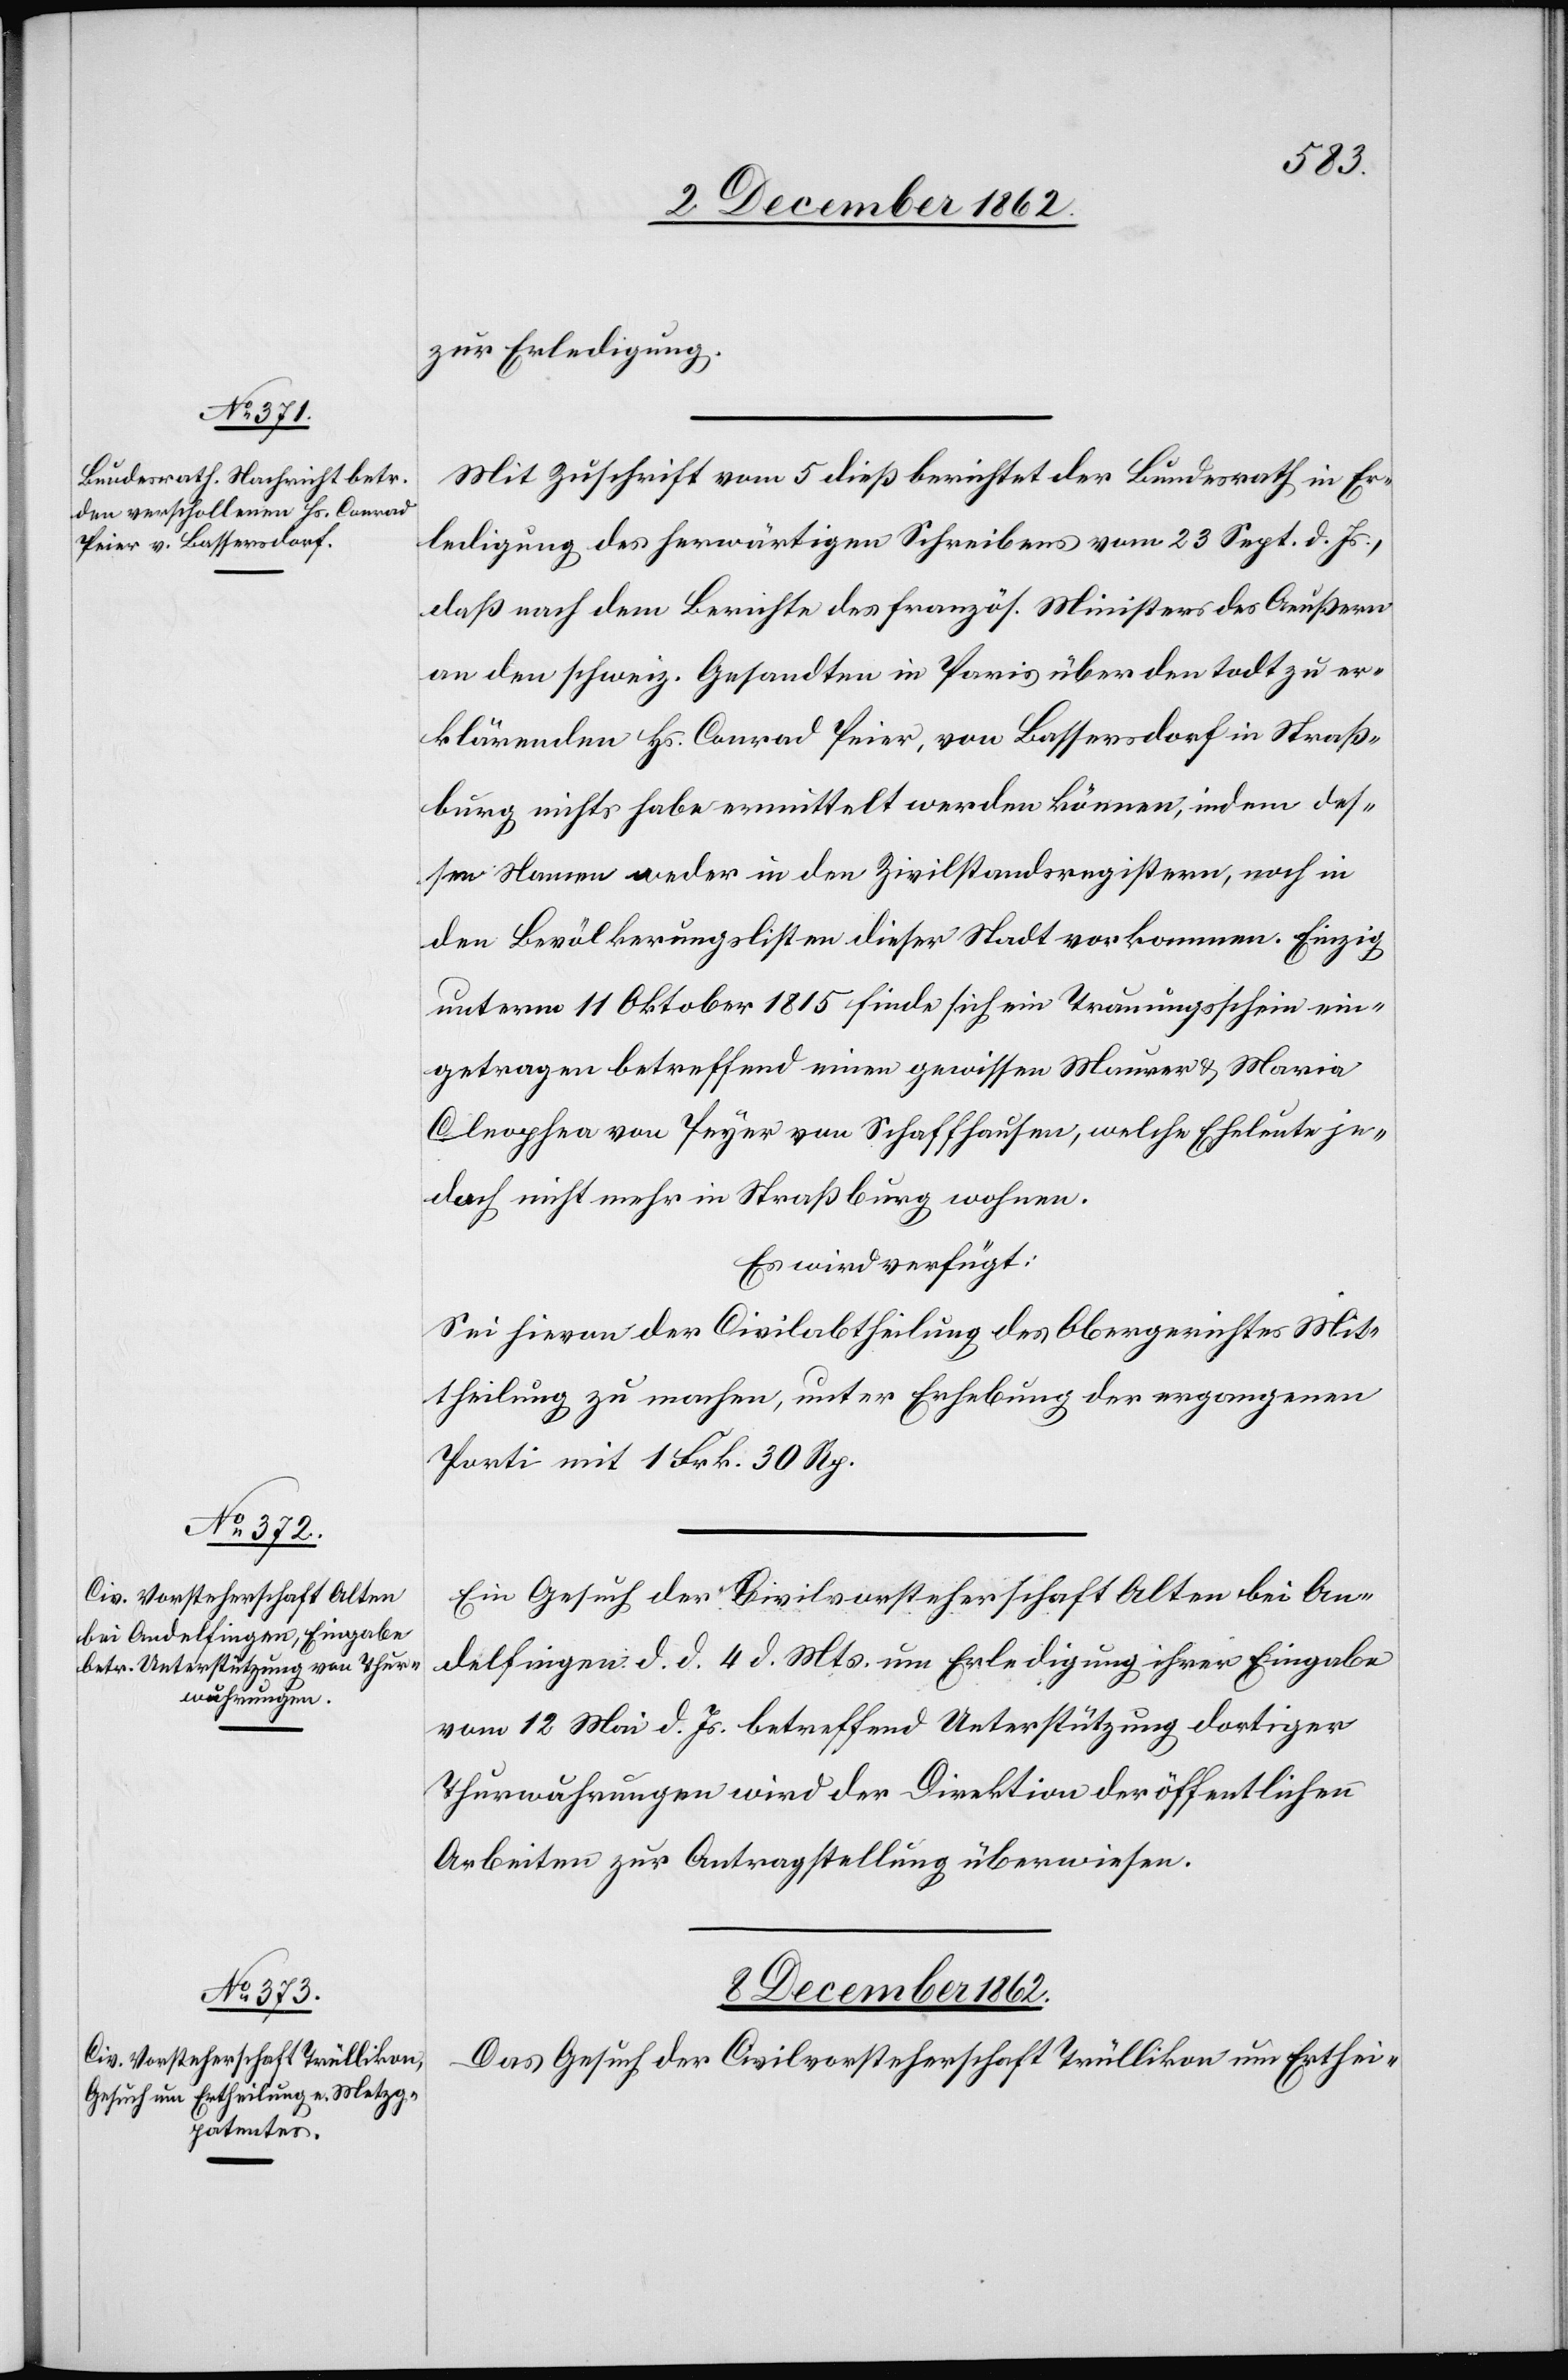
5. December 1862.]
zur Erledigung.
Mit Zuschrift vom 5. dieß berichtet der Bundesrath in Er¬
ledigung des herwärtigen Schreibens vom 23. Sept. d. Js.,
daß nach dem Berichte des französ. Ministers des Aeußern
an den schweiz. Gesandten in Paris über den todt zu er¬
klärenden Hs. Conrad Peier, von Bassersdorf in Straß¬
burg nichts habe vermittelt werden können, indem des¬
sen Namen weder in den Zivilstandsregistern, noch in
den Bevölkerungslisten dieser Stadt vorkomme. Einzig
unterm 11. Oktober 1815 finde sich ein Trauungsschein ein¬
getragen betreffend einen gewissen Maurer u. Maria
Cleophea von Peyer von Schaffhausen, welche Eheleute je¬
doch nicht mehr in Straßburg wohnen.
Es wird verfügt:
Sei hievon der Civilabtheilung des Obergerichtes Mit¬
theilung zu machen, unter Erhebung der ergangenen
Porti mit 1 Frk. 30 Rp.
Ein Gesuch der Civilvorsteherschaft Alten bei An¬
delfingen d. d. 4. d. Mts. um Erledigung ihrer Eingabe
vom 12. Mai d. Js. betreffend Unterstützung dortiger
Thurwuhrungen wird der Direktion der öffentlichen
Arbeiten zur Antragstellung überwiesen.
8. December 1862.
Das Gesuch der Civilvorsteherschaft Trüllikon um Erthei-